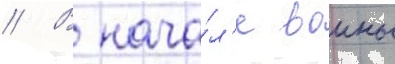
// В нача́л'е воины